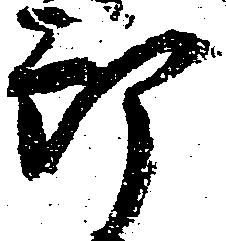
郎